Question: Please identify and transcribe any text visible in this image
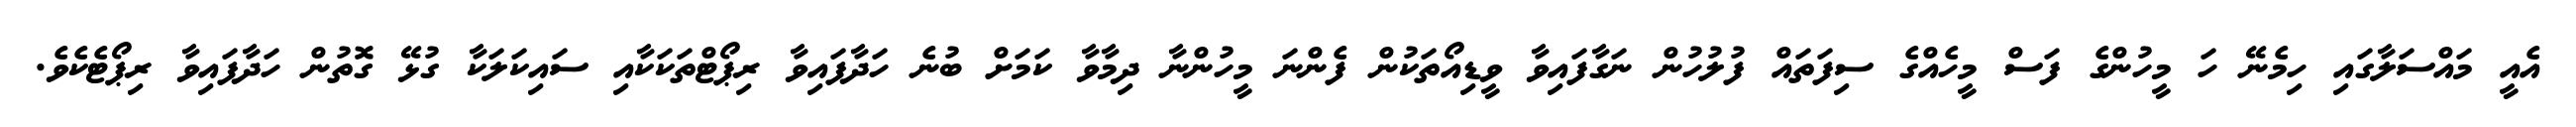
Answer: އެއީ މައްސަލާގައި ހިމެނޭ ހަ މީހުންގެ ފަސް މީހެއްގެ ސިފަތައް ފުލުހުން ނަގާފައިވާ ވީޑިއޯތަކުން ފެންނަ މީހުންނާ ދިމާވާ ކަމަށް ބުނެ ހަދާފައިވާ ރިޕޯޓްތަކަކާއި ސައިކަލަކާ ގުޅޭ ގޮތުން ހަދާފައިވާ ރިޕޯޓެކެވެ.